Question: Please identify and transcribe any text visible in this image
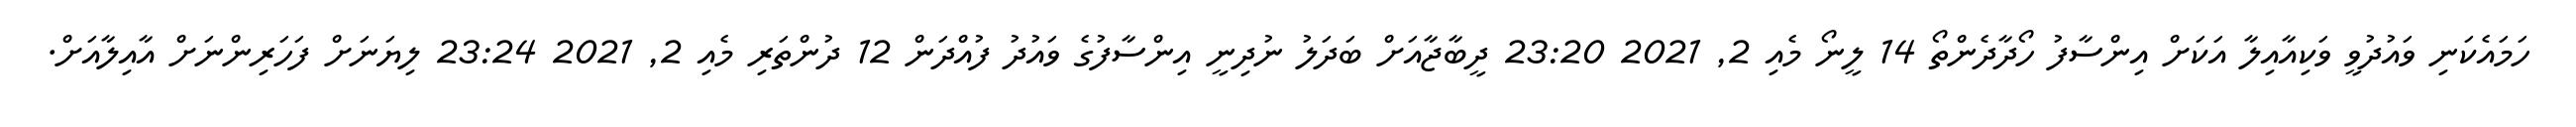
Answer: ހަމައެކަނި ވައުދުވީ ވަކިއާއިލާ އަކަށް އިންސާފު ހޯދާދެންތޯ 14 ލީނޯ މެއި 2, 2021 23:20 ދީބާޖާއަށް ބަދަލު ނުދިނީ އިންސާފުގެ ވައުދު ފުއްދަން 12 ދުންތަރި މެއި 2, 2021 23:24 ލިޔަނަށް ފަހަރިންނަށް އާއިލާއަށް.